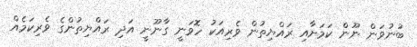
ބުނުވަން ނޫން ކަމަށާއި ރައްޔިތުން ވެރިއަކު ހޮވަނީ ގާނޫނީ އަދި ރައްޔިތުންގެ ވެރިކަމެއް